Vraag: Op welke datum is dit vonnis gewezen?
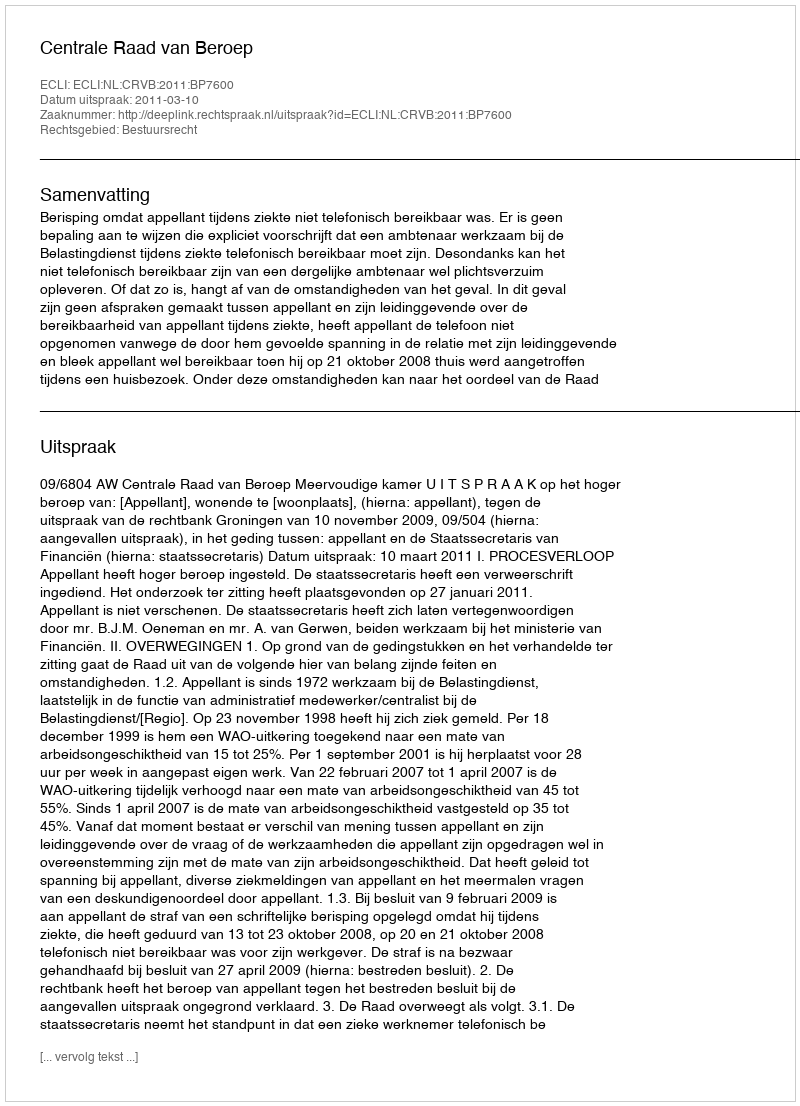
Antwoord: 2011-03-10